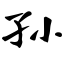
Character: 孙